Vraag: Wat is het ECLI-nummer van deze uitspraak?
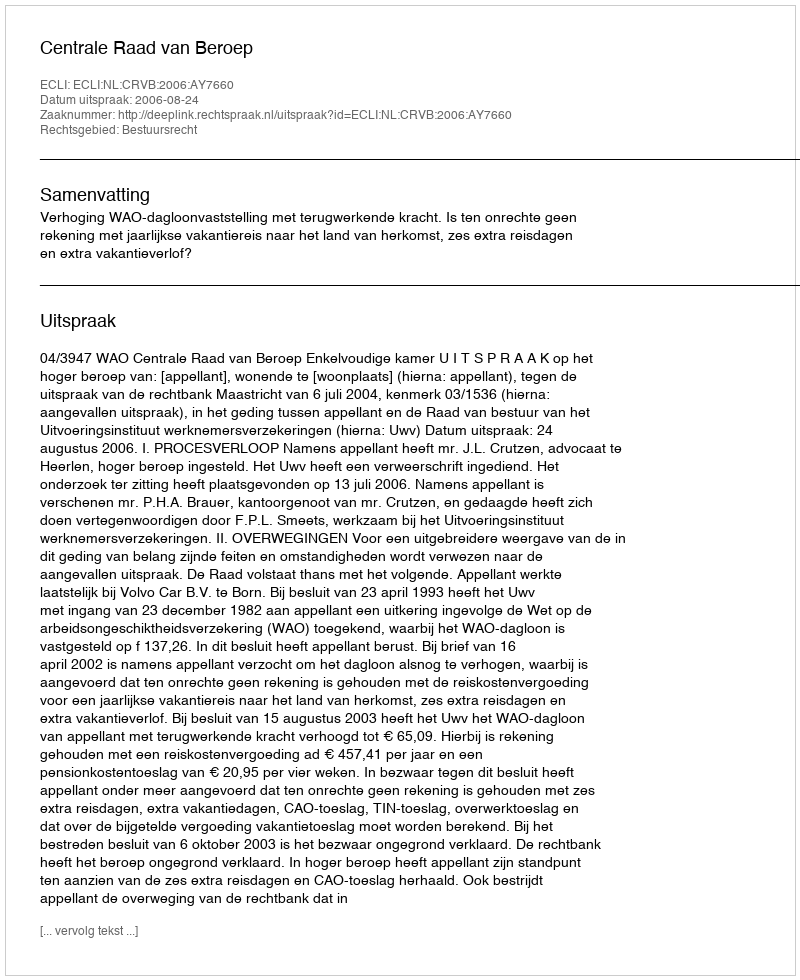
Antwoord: ECLI:NL:CRVB:2006:AY7660